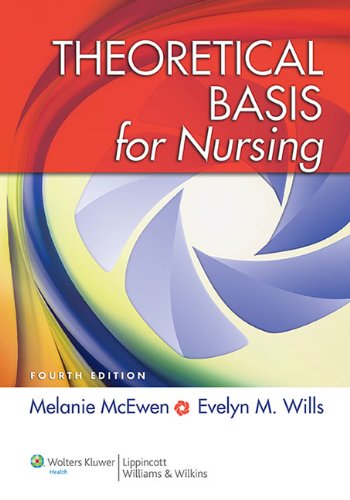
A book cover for Theoretical Basis for Nursing; Melanie McEwen; Medical Books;